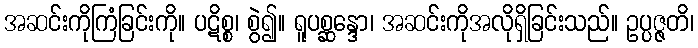
အဆင်းကိုကြံခြင်းကို။ ပဋိစ္စ၊ စွဲ၍။ ရူပစ္ဆန္ဒော၊ အဆင်းကိုအလိုရှိခြင်းသည်။ ဥပ္ပဇ္ဇတိ၊